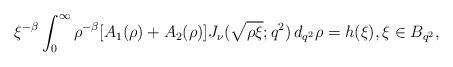
LaTeX: \begin{align*}\xi^{-\beta} \int_0^\infty \rho^{-\beta} [A_1(\rho)+A_2(\rho)] J_\nu (\sqrt{\rho \xi}; q^2) \,d_{q^2}\rho= h (\xi), \xi\in B_{q^2}, \end{align*}